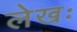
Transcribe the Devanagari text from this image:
लेखः